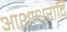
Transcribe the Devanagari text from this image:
आशाधरादि